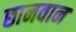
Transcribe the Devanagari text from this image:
छानवान